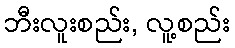
ဘီးလူးစည်း, လူ့စည်း